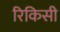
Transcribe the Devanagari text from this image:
रिकिसी